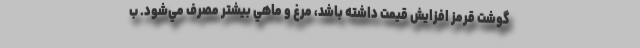
گوشت قرمز افزايش قيمت داشته باشد، مرغ و ماهي بيشتر مصرف مي‌شود. ب